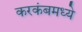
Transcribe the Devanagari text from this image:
करकंबमध्ये